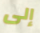
إلى